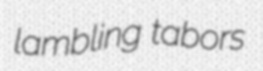
lambling tabors